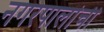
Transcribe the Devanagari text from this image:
नगरपालांची